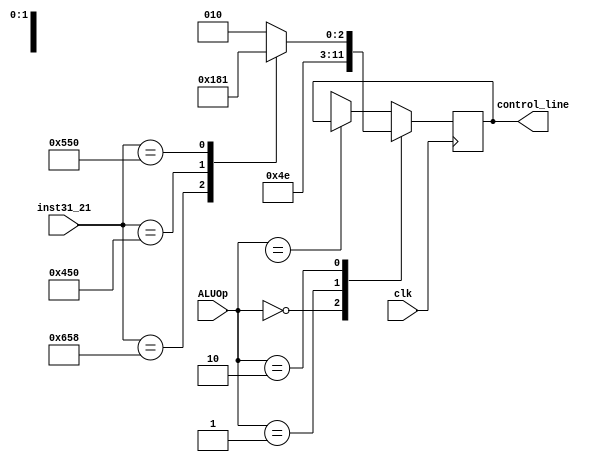
module alu_control (inst31_21, ALUOp, control_line, clk);
	input[10:0] inst31_21;
	input[1:0] ALUOp;
	input clk;
	output reg[3:0]control_line;
	
	always @(posedge clk) begin
		#2
		case(ALUOp)
			2'b00: // LDUR & STUR
				control_line[3:0] = 4'b0010;
			2'b01: //AND
				control_line[3:0] = 4'b0111;
			2'b10:
			begin
				case(inst31_21)
					11'b11001011000: //sub
						control_line[3:0] = 4'b0110;
					11'b10001010000: //and
						control_line[3:0] = 4'b0000;
					11'b10101010000: //orr
						control_line[3:0] = 4'b0001;
					default: //add, addi, branch, etc
					begin
						control_line[3:0] = 4'b0010; 
					end
				endcase
			end
			2'bxx:begin end
			default: $display("You messed up. ALUControl sent invalid ",
                        "Instr.\n");
		endcase
	end
endmodule